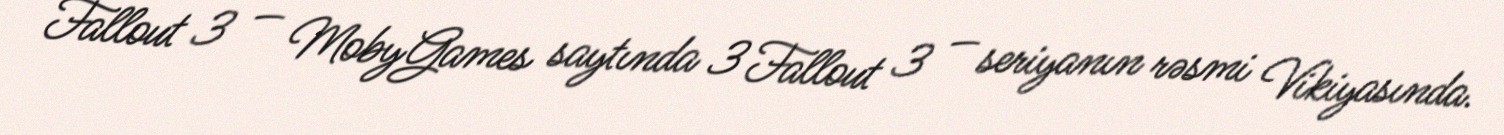
Fallout 3 — MobyGames saytında 3 Fallout 3 — seriyanın rəsmi Vikiyasında.